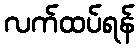
လက်ထပ်ရန်